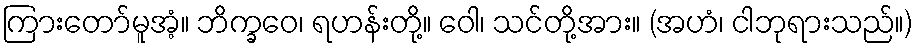
ကြားတော်မူအံ့။ ဘိက္ခဝေ၊ ရဟန်းတို့။ ဝေါ၊ သင်တို့အား။ (အဟံ၊ ငါဘုရားသည်။)